Annual administration report of the Civil Veterinary Department of India - 1894-1895
Year: 1894
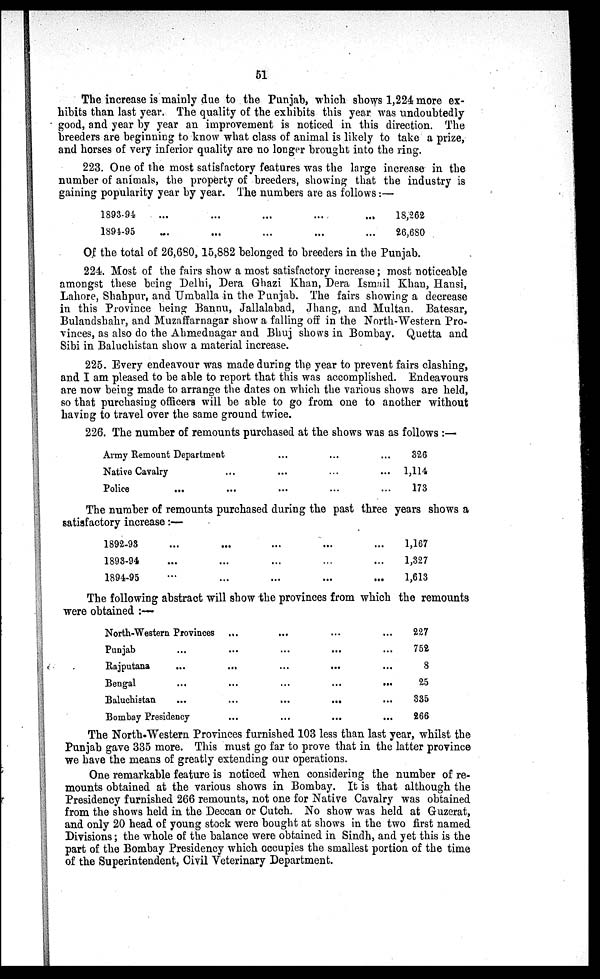
51
The increase is mainly due to the Punjab, which shows 1,224 more ex-
hibits than last year. The quality of the exhibits this year was undoubtedly
good, and year by year an improvement is noticed in this direction. The
breeders are beginning to know what class of animal is likely to take a prize,
and horses of very inferior quality are no longer brought into the ring.
223. One of the most satisfactory features was the large increase in the
number of animals, the property of breeders, showing that the industry is
gaining popularity year by year. The numbers are as follows:—
1893-94
1894-95
...
...
...
...
...
...
...
...
...
...
18,262
26,680
Of the total of 26,680, 15,882 belonged to breeders in the Punjab.
224. Most of the fairs show a most satisfactory increase; most noticeable
amongst these being Delhi, Dera Ghazi Khan, Dera Ismail Khan, Hansi,
Lahore, Shahpur, and Umballa in the Punjab. The fairs showing a decrease
in this Province being Bannu, Jallalabad, Jhang, and Multan. Batesar,
Bulandshahr, and Muzaffarnagar show a falling off in the North-Western Pro-
vinces, as also do the Ahmednagar and Bhuj shows in Bombay. Quetta and
Sibi in Baluchistan show a material increase.
225. Every endeavour was made during the year to prevent fairs clashing,
and I am pleased to be able to report that this was accomplished. Endeavours
are now being made to arrange the dates on which the various shows are held,
so that purchasing officers will be able to go from one to another without
having to travel over the same ground twice.
226. The number of remounts purchased at the shows was as follows :—
Army Remount Department
Native Cavalry
Police ...
...
...
...
...
...
...
...
...
...
...
...
326
1,114
173
The number of remounts purchased during the past three years shows a
satisfactory increase:—
1892-93
1893-94
1894-95
...
...
...
...
...
...
...
...
...
...
...
...
...
...
...
1,167
1,327
1,613
The following abstract will show the provinces from which the remounts
were obtained : —
North-Western Provinces
...
...
...
...
Punjab
...
...
...
...
...
Rajputana
...
...
...
... ...
Bengal
...
...
...
...
...
Baluchistan
...
...
...
... ...
Bombay Presidency
...
...
...
...
227
752
8
25
335
266
The North-Western Provinces furnished 103 less than last year, whilst the
Punjab gave 335 more. This must go far to prove that in the latter province
we have the means of greatly extending our operations.
One remarkable feature is noticed when considering the number of re-
mounts obtained at the various shows in Bombay. It is that although the
Presidency furnished 266 remounts, not one for Native Cavalry was obtained
from the shows held in the Deccan or Cutch. No show was held at Guzerat,
and only 20 head of young stock were bought at shows in the two first named
Divisions; the whole of the balance were obtained in Sindh, and yet this is the
part of the Bombay Presidency which occupies the smallest portion of the time
of the Superintendent, Civil Veterinary Department.